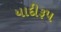
યાદીરૂપ